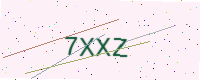
Text: 7XXZ